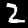
Digit: 2